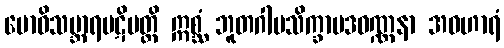
ဗောဓိသမ္ဘာရပဋိပတ္တိ ဣစ္ဆံ ဘူတဂါမသိက္ခာပဒဝဏ္ဏနာ အဝဟာရံ